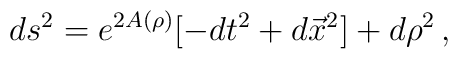
ds^2 = e^{2A(\rho)}[-dt^2 +d\vec{x}^2] +d\rho^2\,,